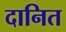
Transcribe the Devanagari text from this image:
दानित